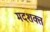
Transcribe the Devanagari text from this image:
मदशक्त